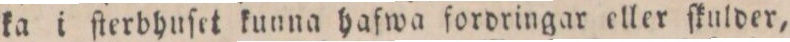
ka i ſterbhuſet kunna hafwa fordringar eller ſkulder,